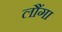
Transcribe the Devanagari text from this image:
लौंगा